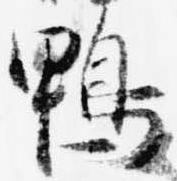
鴨